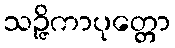
သဉ္ဇိကာပုတ္တော